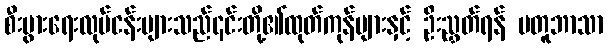
စီးပွားရေးလုပ်ငန်းများသည်၎င်းတို့၏ထုတ်ကုန်များနှင့် ဦးညွှတ်ရန် မတူဘာသာ